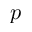
p